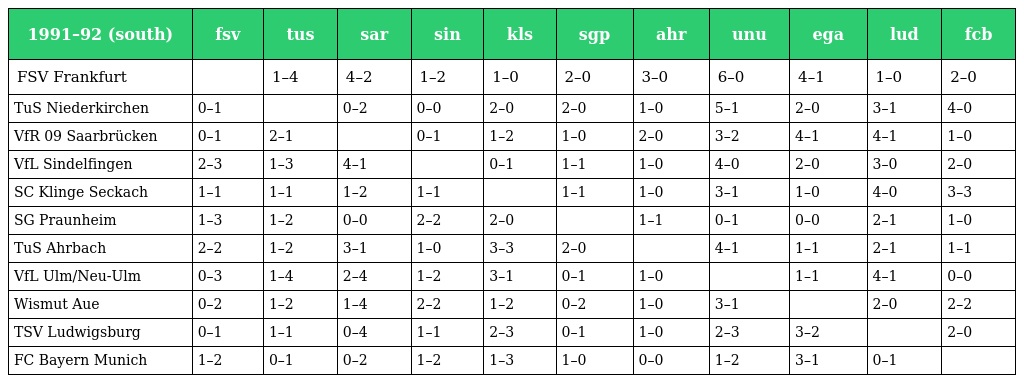
| 1991–92 (south) | fsv | tus | sar | sin | kls | sgp | ahr | unu | ega | lud | fcb |
 | --- | --- | --- | --- | --- | --- | --- | --- | --- | --- | --- | --- |
 | FSV Frankfurt |  | 1–4 | 4–2 | 1–2 | 1–0 | 2–0 | 3–0 | 6–0 | 4–1 | 1–0 | 2–0 |
 | TuS Niederkirchen | 0–1 |  | 0–2 | 0–0 | 2–0 | 2–0 | 1–0 | 5–1 | 2–0 | 3–1 | 4–0 |
 | VfR 09 Saarbrücken | 0–1 | 2–1 |  | 0–1 | 1–2 | 1–0 | 2–0 | 3–2 | 4–1 | 4–1 | 1–0 |
 | VfL Sindelfingen | 2–3 | 1–3 | 4–1 |  | 0–1 | 1–1 | 1–0 | 4–0 | 2–0 | 3–0 | 2–0 |
 | SC Klinge Seckach | 1–1 | 1–1 | 1–2 | 1–1 |  | 1–1 | 1–0 | 3–1 | 1–0 | 4–0 | 3–3 |
 | SG Praunheim | 1–3 | 1–2 | 0–0 | 2–2 | 2–0 |  | 1–1 | 0–1 | 0–0 | 2–1 | 1–0 |
 | TuS Ahrbach | 2–2 | 1–2 | 3–1 | 1–0 | 3–3 | 2–0 |  | 4–1 | 1–1 | 2–1 | 1–1 |
 | VfL Ulm/Neu-Ulm | 0–3 | 1–4 | 2–4 | 1–2 | 3–1 | 0–1 | 1–0 |  | 1–1 | 4–1 | 0–0 |
 | Wismut Aue | 0–2 | 1–2 | 1–4 | 2–2 | 1–2 | 0–2 | 1–0 | 3–1 |  | 2–0 | 2–2 |
 | TSV Ludwigsburg | 0–1 | 1–1 | 0–4 | 1–1 | 2–3 | 0–1 | 1–0 | 2–3 | 3–2 |  | 2–0 |
 | FC Bayern Munich | 1–2 | 0–1 | 0–2 | 1–2 | 1–3 | 1–0 | 0–0 | 1–2 | 3–1 | 0–1 |  |